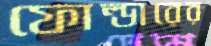
ফোল্ডারের